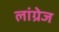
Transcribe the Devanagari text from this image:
लांग्रेज